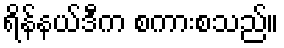
ရိန်နယ်ဒီက စကားစသည်။